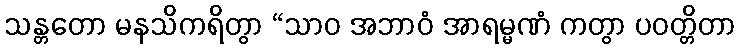
သန္တတော မနသိကရိတွာ “သာဝ အဘာဝံ အာရမ္မဏံ ကတွာ ပဝတ္တိတာ